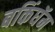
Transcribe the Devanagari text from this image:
बकिंघॅम